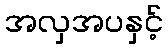
အလှအပနှင့်